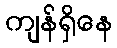
ကျန်ရှိနေ